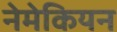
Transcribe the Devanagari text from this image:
नेमेकियन